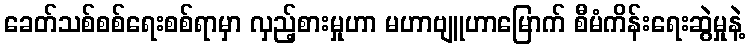
ခေတ်သစ်စစ်ရေးစစ်ရာမှာ လှည့်စားမှုဟာ မဟာဗျူဟာမြောက် စီမံကိန်းရေးဆွဲမှုနဲ့